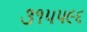
૩૧૫૫૯૬